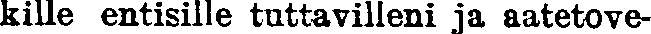
kille entisille tuttavilleni ja aatetove-